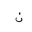
Letter: _non